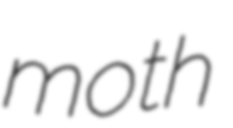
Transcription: moth